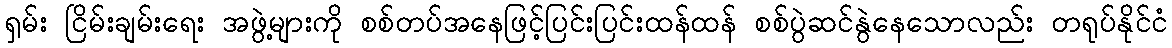
ရှမ်း ငြိမ်းချမ်းရေး အဖွဲ့များကို စစ်တပ်အနေဖြင့်ပြင်းပြင်းထန်ထန် စစ်ပွဲဆင်နွဲနေသောလည်း တရုပ်နိုင်ငံ